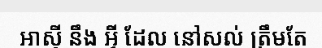
អាស៊ី នឹង អ្វី ដែល នៅសល់ ត្រឹមតែ